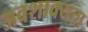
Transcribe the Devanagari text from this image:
अवशाक्यता